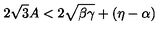
2 \sqrt { 3 } A < 2 \sqrt { \beta \gamma } + ( \eta - \alpha )